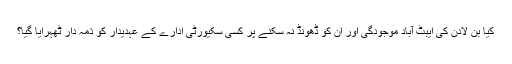
کیا بن لادن کی ایبٹ آباد موجودگی اور ان کو ڈھونڈ نہ سکنے پر کسی سکیورٹی ادارے کے عہدیدار کو ذمہ دار ٹھہرایا گیا؟